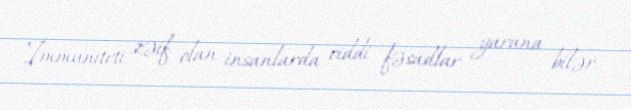
İmmuniteti zəif olan insanlarda ciddi fəsadlar yarana bilər.